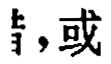
，或